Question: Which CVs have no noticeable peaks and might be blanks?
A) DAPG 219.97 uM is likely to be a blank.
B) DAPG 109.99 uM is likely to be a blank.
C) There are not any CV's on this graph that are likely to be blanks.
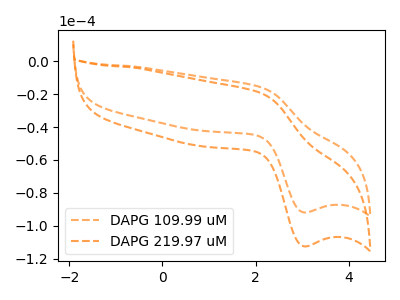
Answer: <think>The orange dashed curve "DAPG 109.99 uM" has an anodic peak at (2.10V, -15.70uA) and a cathodic peak at (3.05V, -91.85uA). The orange dashed curve "DAPG 219.97 uM" has an anodic peak at (2.10V, -19.25uA) and a cathodic peak at (3.05V, -112.45uA).</think>
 <answer>C) There are not any CV's on this graph that are likely to be blanks.</answer>
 <eval>C</eval>